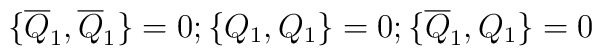
\{\overline{Q}_1,\overline{Q}_1\}=0; \{Q_1,Q_1\}=0; \{\overline{Q}_1, Q_1\}=0